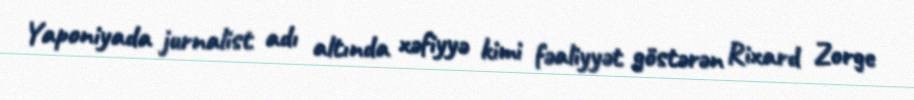
Yaponiyada jurnalist adı altında xəfiyyə kimi fəaliyyət göstərən Rixard Zorge